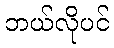
ဘယ်လိုပင်